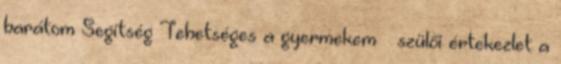
barátom Segítség Tehetséges a gyermekem – szülői értekezlet a